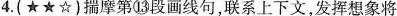
4.(★★☆)揣摩第⑬段画线句,联系上下文，发挥想象将